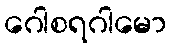
ဂေါစရဂါမော